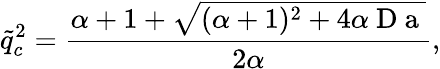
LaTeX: \tilde{q}_{c}^{2}=\frac{\alpha+1+\sqrt{(\alpha+1)^{2}+4\alpha\mathrm{~D~a~}}}{2\alpha},